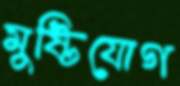
মুষ্টিযোগ